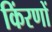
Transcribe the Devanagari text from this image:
किंरणों